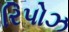
રિપોઝ